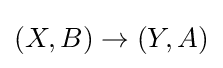
{\textstyle \left(X,B\right)\rightarrow \left(Y,A\right)}